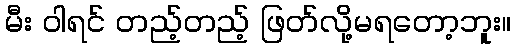
မီး ဝါရင် တည့်တည့် ဖြတ်လို့မရတော့ဘူး။